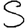
Digit: 5